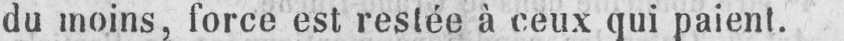
du moins, force est restée à ceux qui paient.